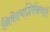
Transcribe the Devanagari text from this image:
निवेदयद्भिर्वक्तव्यंतैः